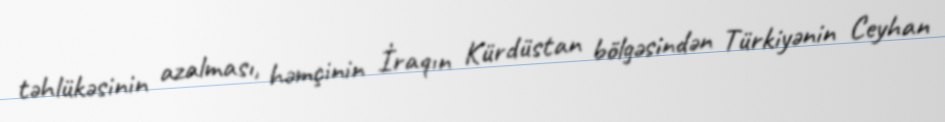
təhlükəsinin azalması, həmçinin İraqın Kürdüstan bölgəsindən Türkiyənin Ceyhan